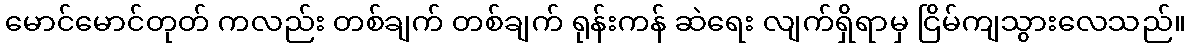
မောင်မောင်တုတ် ကလည်း တစ်ချက် တစ်ချက် ရုန်းကန် ဆဲရေး လျက်ရှိရာမှ ငြိမ်ကျသွားလေသည်။